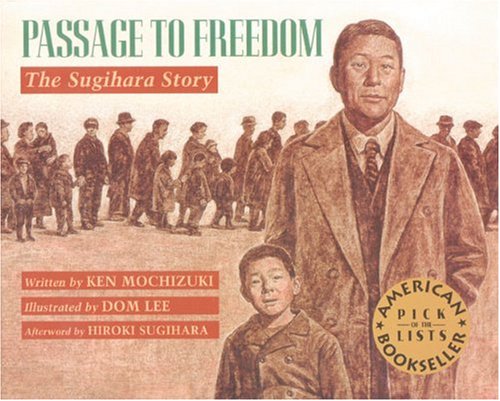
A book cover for Passage to Freedom: The Sugihara Story; Ken Mochizuki; Children's Books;